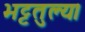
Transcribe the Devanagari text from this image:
भट्टतुल्य।